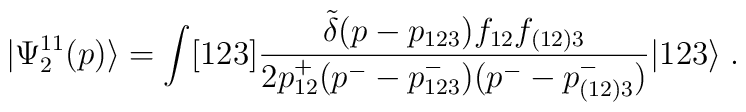
|\Psi_2^{11}(p) \rangle = \int [123]  \frac{\tilde{\delta}(p -p_{123})f_{12}f_{(12)3}} {2p^+_{12}(p^- - p^-_{123})(p^- -p^-_{(12)3})} |123\rangle \; .